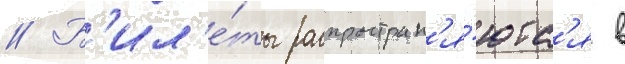
// Б'ил'е́ты распростран'я́ютс'я в